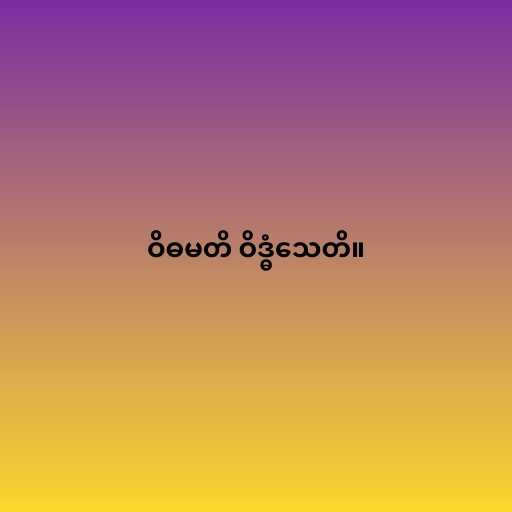
ဝိဓမတိ ဝိဒ္ဓံသေတိ။